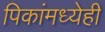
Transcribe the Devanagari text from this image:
पिकांमध्येही